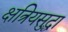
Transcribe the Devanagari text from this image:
क्षत्रियसुद्धा